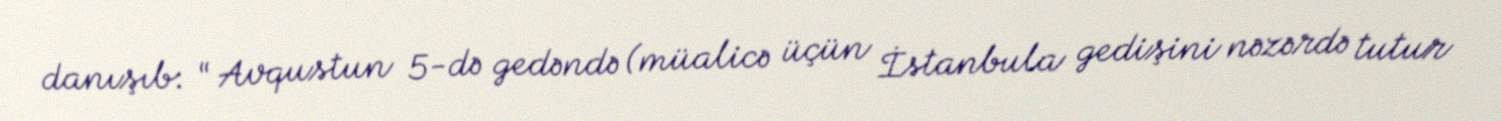
danışıb: “ Avqustun 5-də gedəndə (müalicə üçün İstanbula gedişini nəzərdə tutur